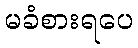
မခံစားရပေ